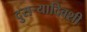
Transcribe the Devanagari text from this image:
दुसर्‍यादिवशी